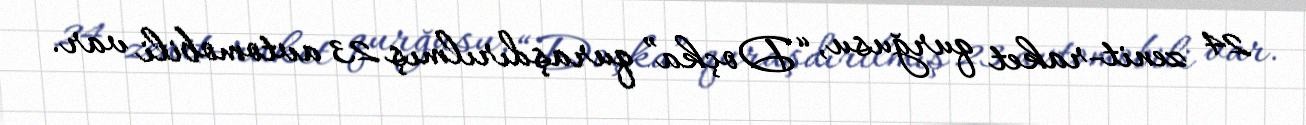
24 zenit-raket qurğusu, “Doçka” quraşdırılmış 23 avtomobili var.